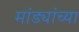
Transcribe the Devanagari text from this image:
मांड्यांच्या